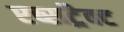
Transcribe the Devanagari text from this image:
एब्सट्रैक्ट